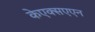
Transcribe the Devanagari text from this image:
केएक्सएएन